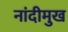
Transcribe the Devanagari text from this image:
नांदीमुख